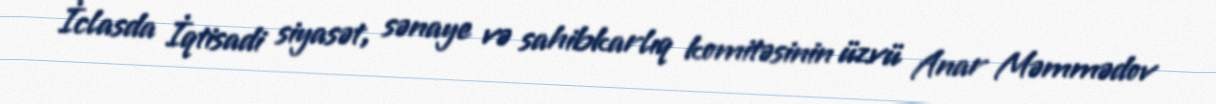
İclasda İqtisadi siyasət, sənaye və sahibkarlıq komitəsinin üzvü Anar Məmmədov